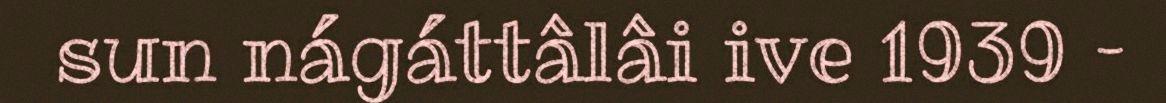
sun nágáttâlâi ive 1939 –